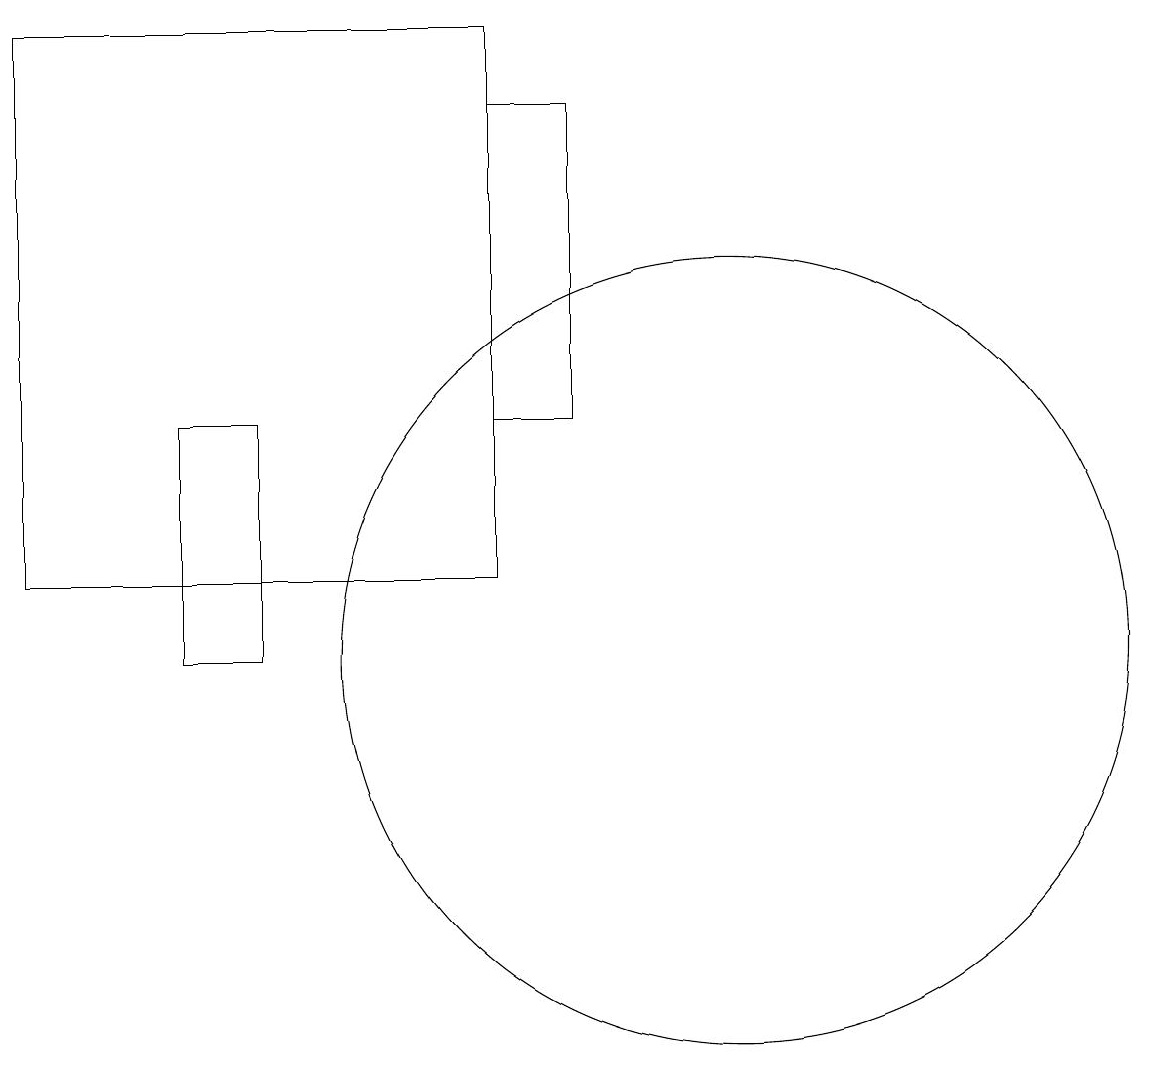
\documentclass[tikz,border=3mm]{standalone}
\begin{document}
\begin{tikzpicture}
\draw (12,12) circle (0);
\draw (3,14) rectangle (4,11);
\draw (5,18) rectangle (5,18);
\draw (7,19) rectangle (1,12);
\draw (10,11) circle (5);
\draw (7,14) rectangle (8,18);
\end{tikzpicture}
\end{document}